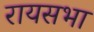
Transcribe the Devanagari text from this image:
रायसभा